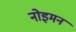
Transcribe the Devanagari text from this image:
नोइमन